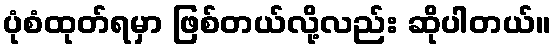
ပုံစံထုတ်ရမှာ ဖြစ်တယ်လို့လည်း ဆိုပါတယ်။